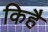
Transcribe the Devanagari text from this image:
किहै